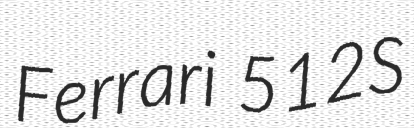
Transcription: Ferrari 512S